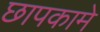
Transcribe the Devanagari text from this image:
छापकामे